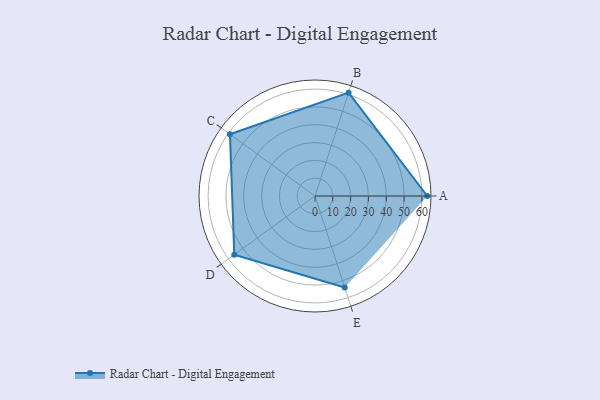
{"axis": {"x": "Skill", "y": "Score"}, "legend": ["Profile"], "data": [{"x": "A", "y": 63.0, "type": "Profile"}, {"x": "B", "y": 61.0, "type": "Profile"}, {"x": "C", "y": 59.0, "type": "Profile"}, {"x": "D", "y": 56.0, "type": "Profile"}, {"x": "E", "y": 54.0, "type": "Profile"}]}